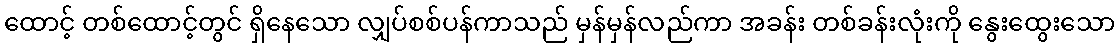
ထောင့် တစ်ထောင့်တွင် ရှိနေသော လျှပ်စစ်ပန်ကာသည် မှန်မှန်လည်ကာ အခန်း တစ်ခန်းလုံးကို နွေးထွေးသော